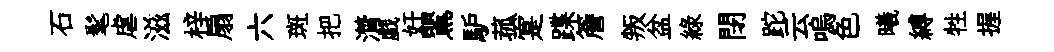
石髦虐滋梓扇六斑把潸戯奸鸎馿菰寔蹀簷叛盆緑閉跎云嗚色曦縛牲握